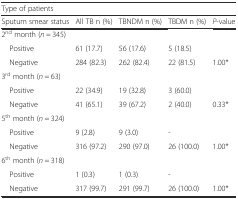
| <COLSPAN=5> Type of patients |
 | Sputum smear status | All TB n (%) | TBNDM n (%) | TBDM n (%) | P-value |
 | --- | --- | --- | --- | --- |
 | 2nd month (n = 345) |  |  |  |  |
 | Positive | 61 (17.7) | 56 (17.6) | 5 (18.5) |  |
 | Negative | 284 (82.3) | 262 (82.4) | 22 (81.5) | 1.00* |
 | 3rd month (n = 63) |  |  |  |  |
 | Positive | 22 (34.9) | 19 (32.8) | 3 (60.0) |  |
 | Negative | 41 (65.1) | 39 (67.2) | 2 (40.0) | 0.33* |
 | 5th month (n = 324) |  |  |  |  |
 | Positive | 9 (2.8) | 9 (3.0) | - |  |
 | Negative | 316 (97.2) | 290 (97.0) | 26 (100.0) | 1.00* |
 | 6th month (n = 318) |  |  |  |  |
 | Positive | 1 (0.3) | 1 (0.3) | - |  |
 | Negative | 317 (99.7) | 291 (99.7) | 26 (100.0) | 1.00* |